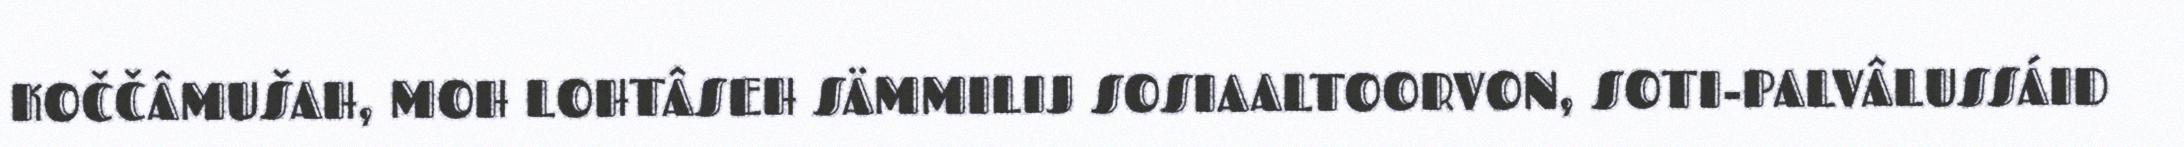
KOČČÂMUŠAH, MOH LOHTÂSEH SÄMMILIJ SOSIAALTOORVON, SOTI-PALVÂLUSSÁID